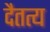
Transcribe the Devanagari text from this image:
दैतत्य